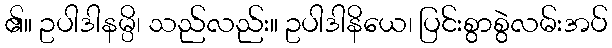
၏။ ဥပါဒါနမ္ပိ၊ သည်လည်း။ ဥပါဒါနိယေ၊ ပြင်းစွာစွဲလမ်းအပ်